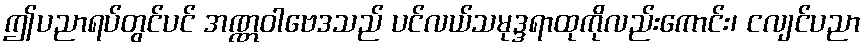
ဤပညာရပ်တွင်ပင် အဏ္ဏဝါဗေဒသည် ပင်လယ်သမုဒ္ဒရာထုကိုလည်းကောင်း၊ ငလျင်ပညာ